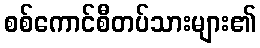
စစ်ကောင်စီတပ်သားများ၏